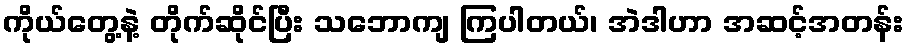
ကိုယ်တွေ့နဲ့ တိုက်ဆိုင်ပြီး သဘောကျ ကြပါတယ်၊ အဲဒါဟာ အဆင့်အတန်း